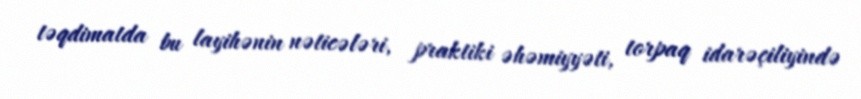
təqdimatda bu layihənin nəticələri, praktiki əhəmiyyəti, torpaq idarəçiliyində